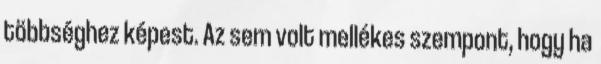
többséghez képest. Az sem volt mellékes szempont, hogy ha